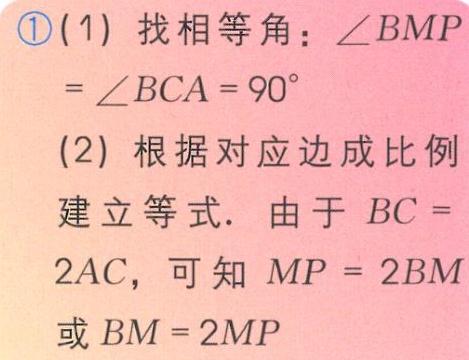
\textcircled{1}(1) 找相等角：\(\angle BMP=\angle BCA = 90^{\circ}\)
(2) 根据对应边成比例
建立等式. 由于 \(BC = 2AC\)，可知 \(MP = 2BM\)
或 \(BM = 2MP\)